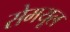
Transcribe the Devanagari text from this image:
सेमयूल